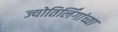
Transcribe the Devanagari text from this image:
ज्योतिर्लिंगांच्या